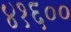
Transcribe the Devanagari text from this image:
४१६००